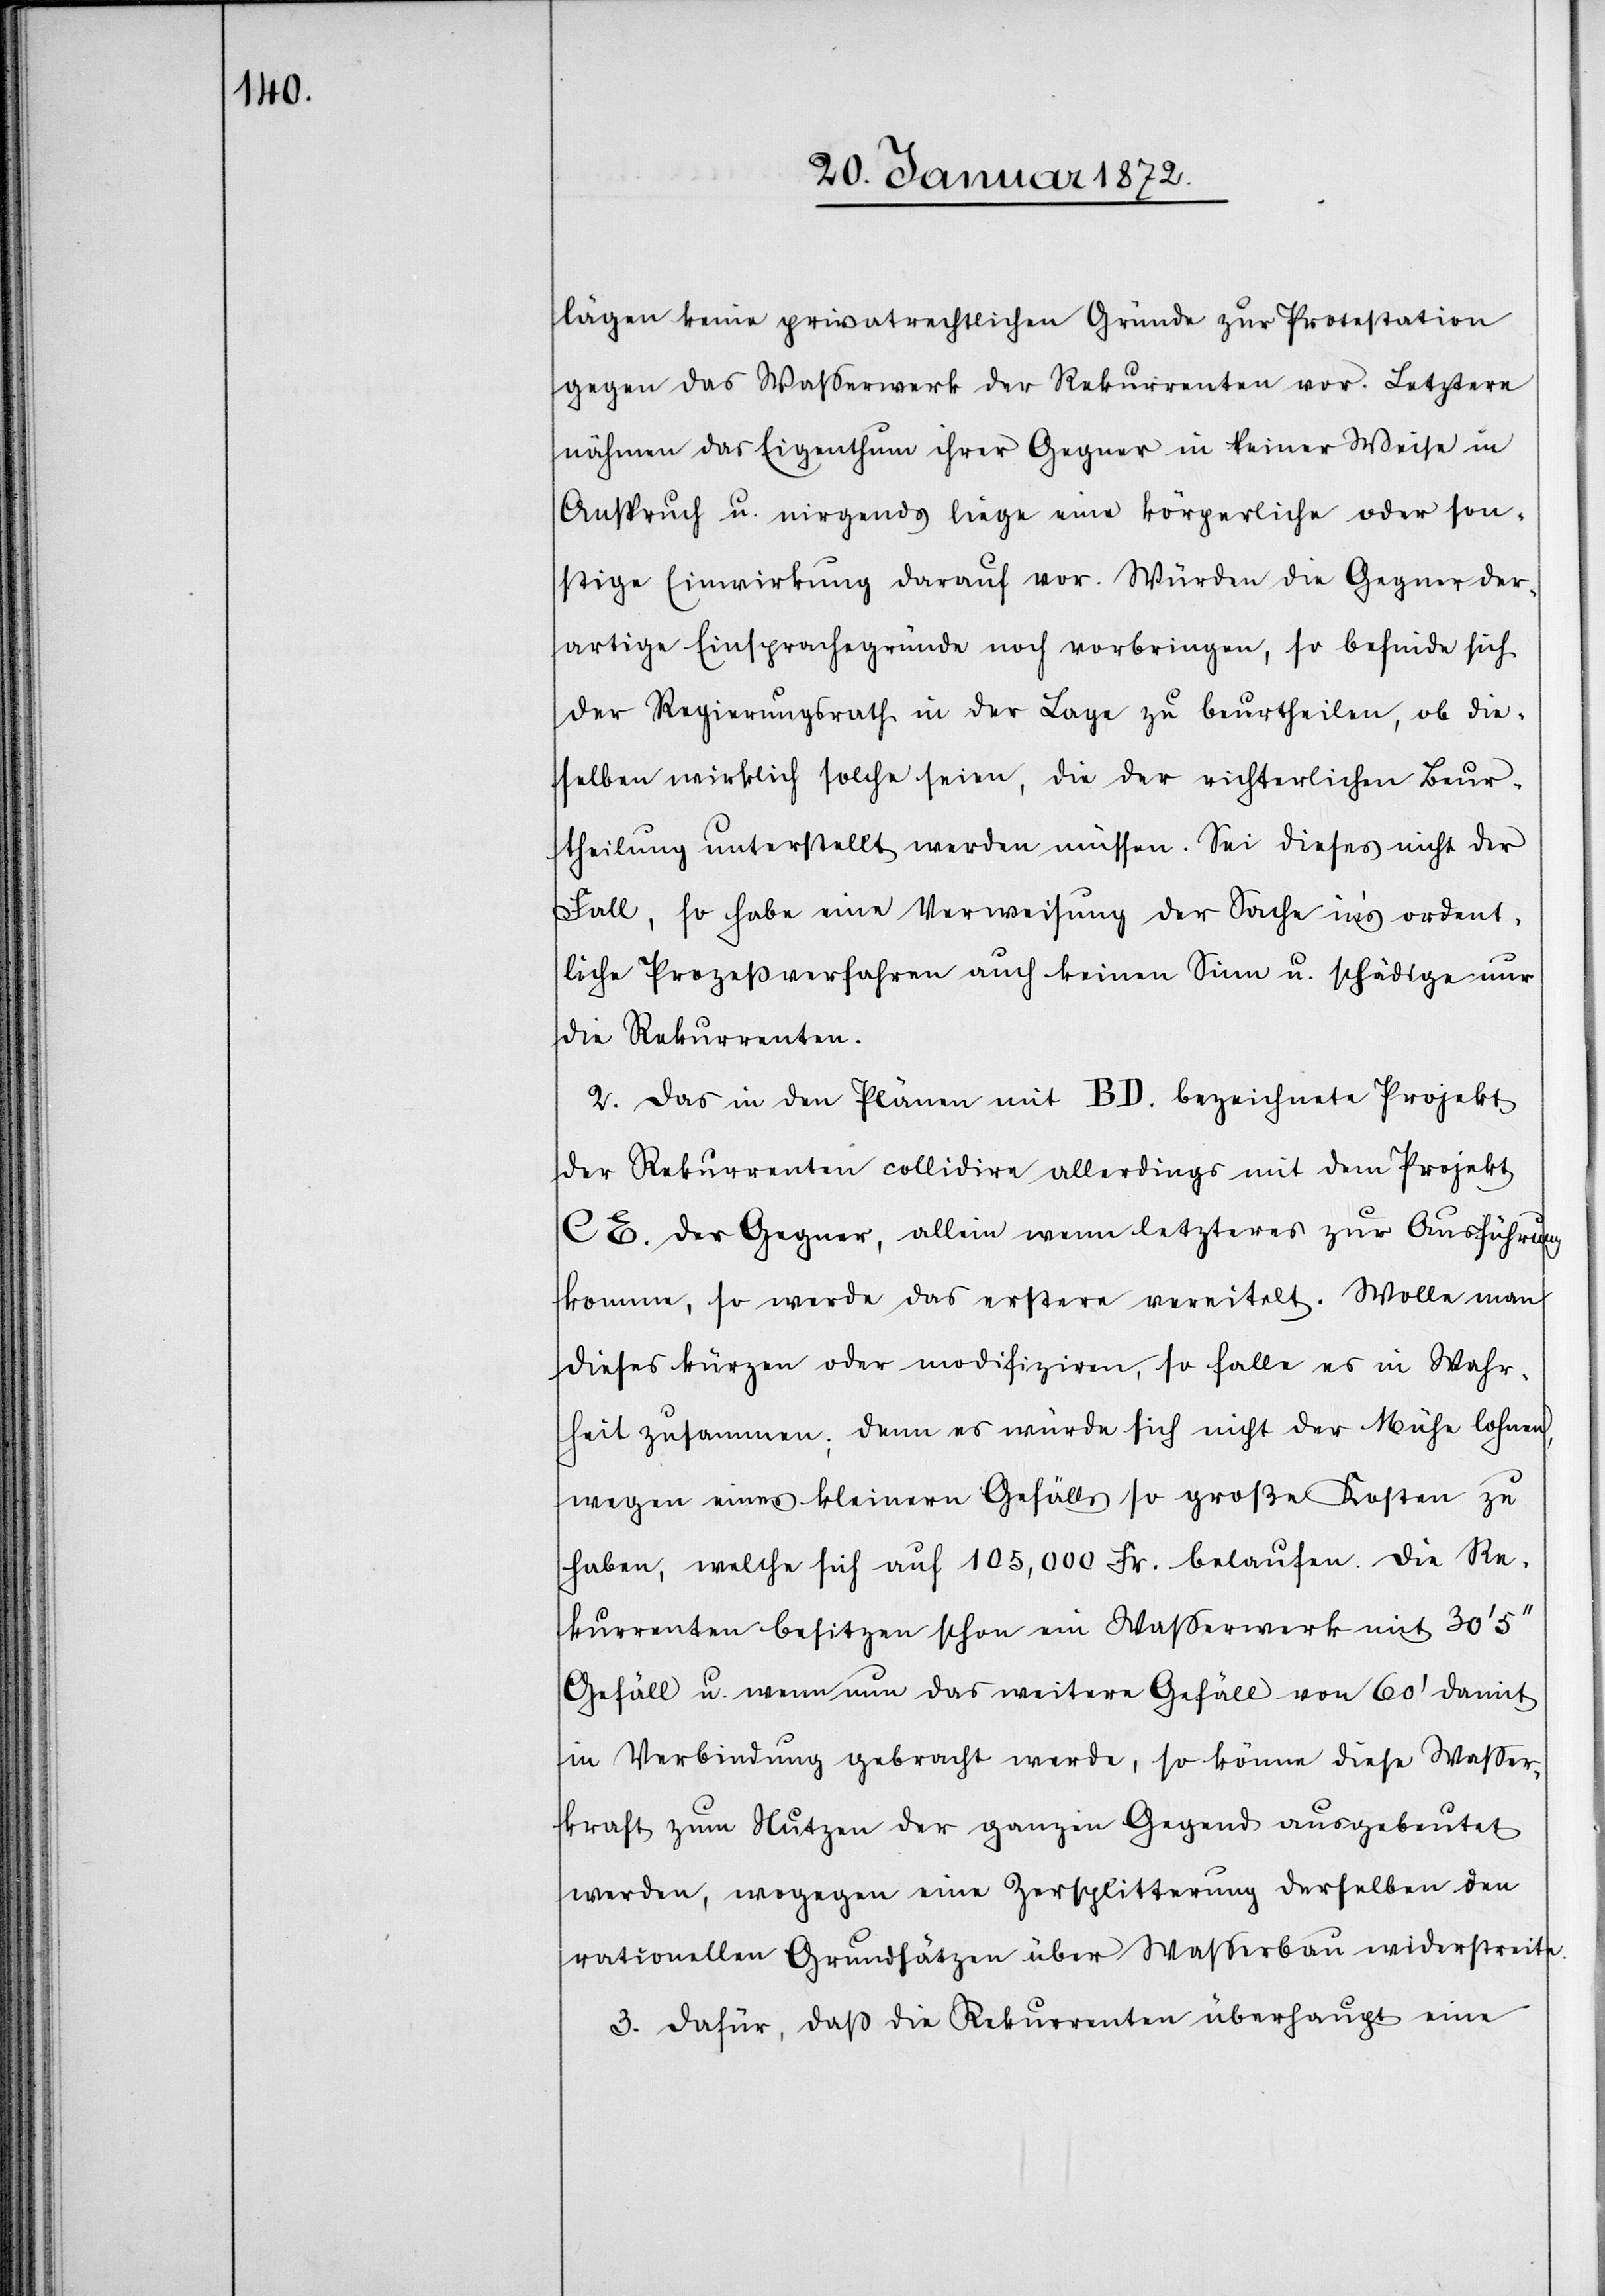
lägen keine privatrechtlichen Gründe zur Protestation
gegen das Wasserwerk der Rekurrenten vor. Letztere
nähmen das Eigenthum ihrer Gegner in keiner Weise in
Anspruch u. nirgends liege eine körperliche oder son¬
stige Einwirkung darauf vor. Würden die Gegner der¬
artige Einsprachegründe noch vorbringen, so befinde sich
der Regierungsrath in der Lage zu beurtheilen, ob die¬
selben wirklich solche seien, die der richterlichen Beur¬
theilung unterstellt werden müssen. Sei dieses nicht der
Fall, so habe eine Verweisung der Sache in‘s ordent¬
liche Prozeßverfahren auch keinen Sinn u. schädige nur
die Rekurrenten.
2. Das in den Plänen mit BD. bezeichnete Projekt
der Rekurrenten collidire allerdings mit dem Projekt
CE. der Gegner, allein wenn letzteres zur Ausführung
komme, so werde das erstere vereitelt. Wolle man
dieses kürzen oder modifiziren, so falle es in Wahr¬
heit zusammen; denn es würde sich nicht der Mühe lohnen,
wegen eines kleinern Gefälls so große Kosten zu
haben, welche sich auf 105,000 Fr. belaufen. Die Re¬
kurrenten besitzen schon ein Wasserwerk mit 30'
Gefäll u. wenn nun das weitere Gefäll von 60' damit
in Verbindung gebracht werde, so könne diese Wasser¬
kraft zum Nutzen der ganzen Gegend ausgebeutet
werden, wogegen eine Zersplitterung derselben den
rationellen Grundsätzen über Wasserbau widerstreite.
3. Dafür, daß die Rekurrenten überhaupt eine